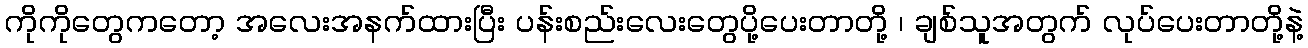
ကိုကိုတွေကတော့ အလေးအနက်ထားပြီး ပန်းစည်းလေးတွေပို့ပေးတာတို့ ၊ ချစ်သူအတွက် လုပ်ပေးတာတို့နဲ့